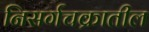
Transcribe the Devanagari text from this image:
निसर्गचक्रातील